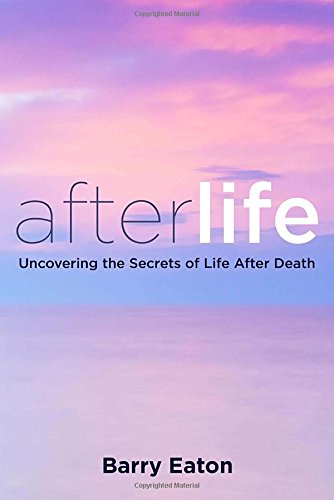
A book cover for Afterlife: Uncovering the Secrets of Life After Death; Barry Eaton; Religion & Spirituality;